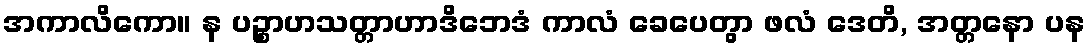
အကာလိကော။ န ပဉ္စာဟသတ္တာဟာဒိဘေဒံ ကာလံ ခေပေတွာ ဖလံ ဒေတိ, အတ္တနော ပန